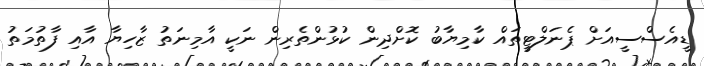
ޑީއެސްސީއަށް ޕެނަލްޓީތައް ކާމިޔާބު ކޮށްދިން ކުޅުންތެރިން ނަކީ އާމިނަތު ޒާހިޔާ އާއި ފާތުމަތު